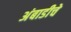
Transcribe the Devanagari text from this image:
अंबाडीचे